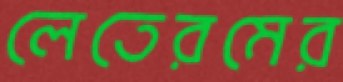
লেতেরমের